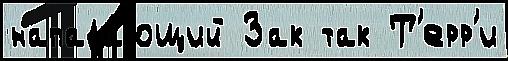
напада́ющий Зак так Т'ерр'и